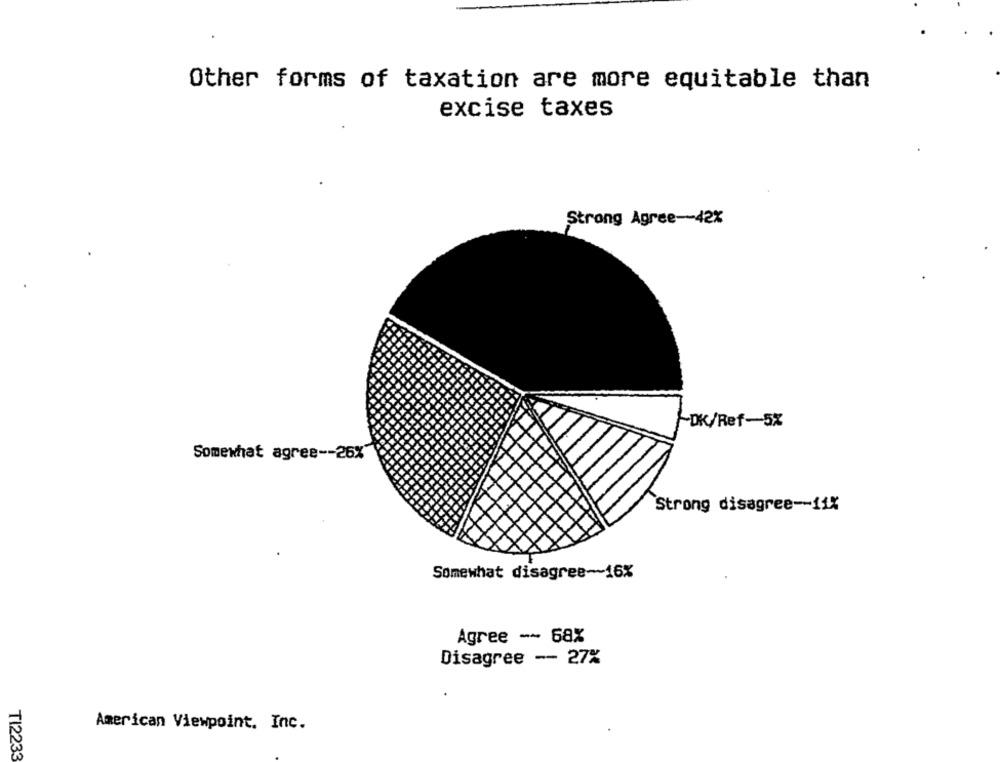
Other forms of taxation are more equitable than
excise taxes
Strong Agree -- 42%
DK/Ref-5%
Somewhat agree -- 26%
Strong disagree -- 11X
Somewhat disagree ~~ 16%
Agree - 68%
Disagree -- 27%
American Viewpoint. Inc.
TI2233